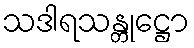
သဒါရသန္တုဋ္ဌော